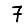
Digit: 7